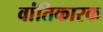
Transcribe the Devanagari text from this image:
वांतिकारक